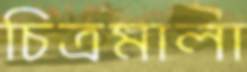
চিত্রমালা